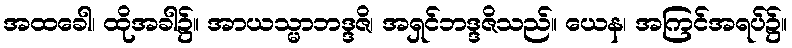
အထခေါ၊ ထိုအခါ၌။ အာယသ္မာဘဒ္ဒဇိ၊ အရှင်ဘဒ္ဒဇိသည်။ ယေန၊ အကြင်အရပ်၌။